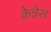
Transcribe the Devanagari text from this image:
केन्नेस